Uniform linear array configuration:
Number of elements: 24
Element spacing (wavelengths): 1
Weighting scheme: kaiser
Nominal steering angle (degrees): -15
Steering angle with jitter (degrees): -15.219
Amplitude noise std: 0.05
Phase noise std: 0.05

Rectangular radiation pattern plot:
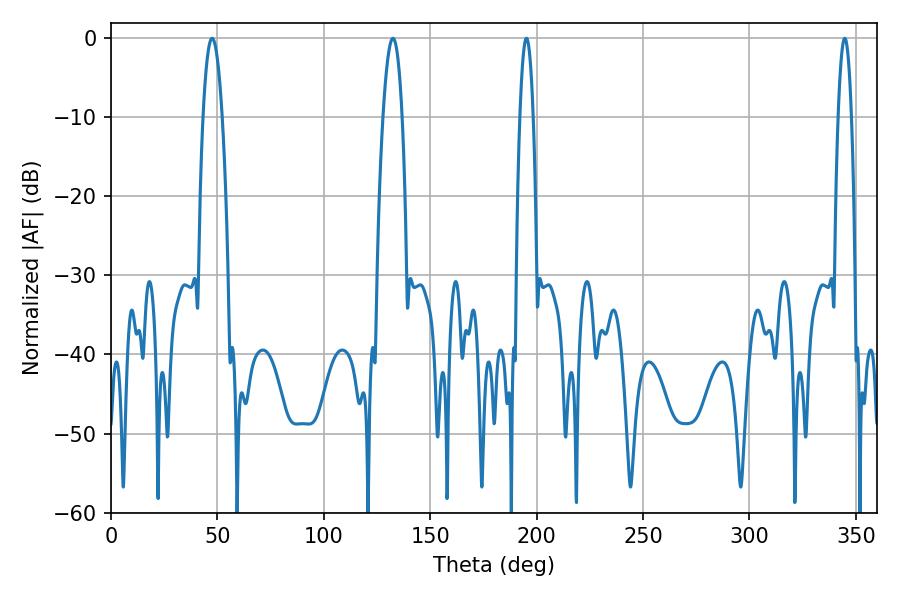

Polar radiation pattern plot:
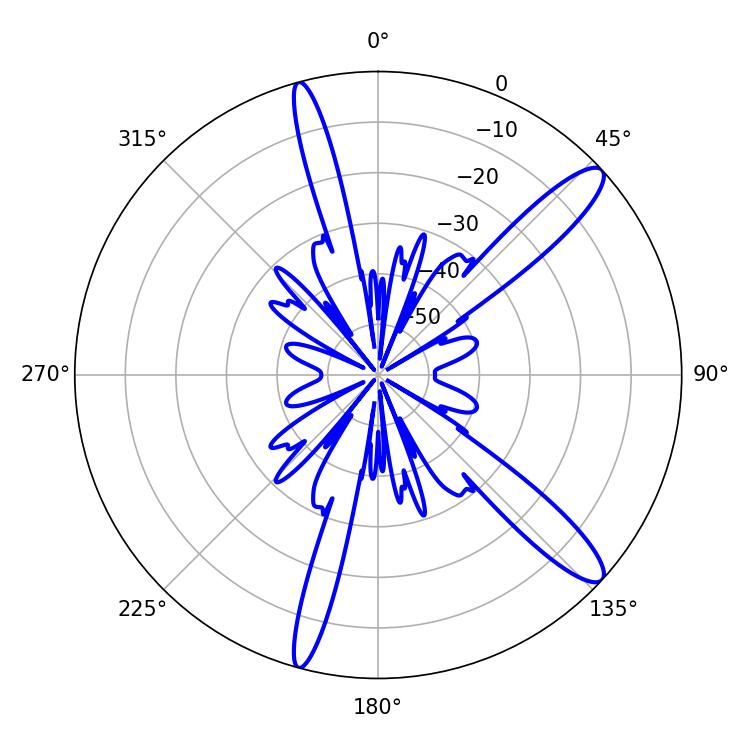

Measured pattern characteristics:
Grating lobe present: TRUE
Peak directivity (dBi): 12.844
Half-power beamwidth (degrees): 4.86
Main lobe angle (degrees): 47.52